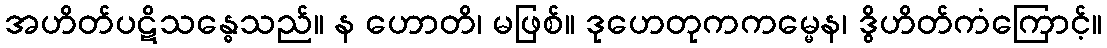
အဟိတ်ပဋိသန္ဓေသည်။ န ဟောတိ၊ မဖြစ်။ ဒုဟေတုကကမ္မေန၊ ဒွိဟိတ်ကံကြောင့်။